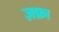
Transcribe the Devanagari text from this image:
ज़फ़ा